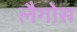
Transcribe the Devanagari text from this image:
लैगोस